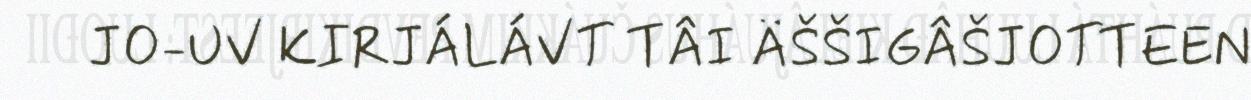
JO-UV KIRJÁLÁVT TÂI ÄŠŠIGÂŠJOTTEEN